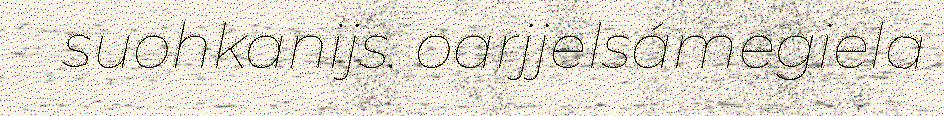
suohkanijs. oarjjelsámegiela